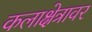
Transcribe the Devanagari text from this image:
कलाक्षेत्रावर